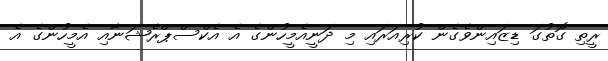
ރީތި ގޮތުގަ ޑިޒައިންވެގެން ކުރިއަރައި މި ދަނީއެމީހުންގެ އެ އެކްސްޕްރެޝަނާއި އެމީހުންގެ އެ